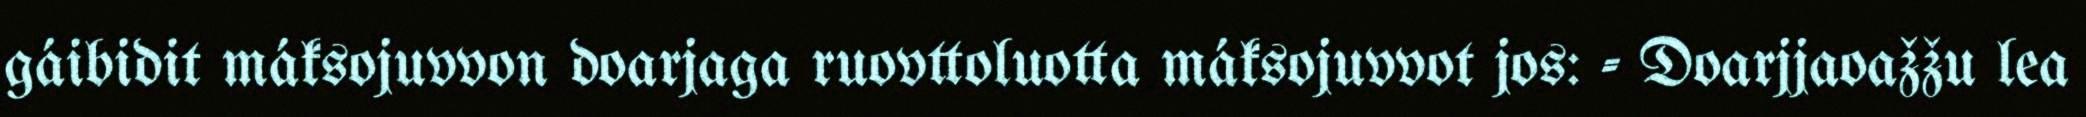
gáibidit máksojuvvon doarjaga ruovttoluotta máksojuvvot jos: - Doarjjaoažžu lea